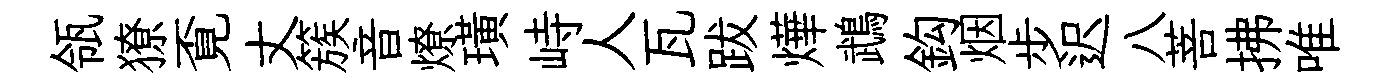
瓴獠覔丈簇音燎璜峙人瓦跋燁鵡鈎烟步迟八菩拂唯